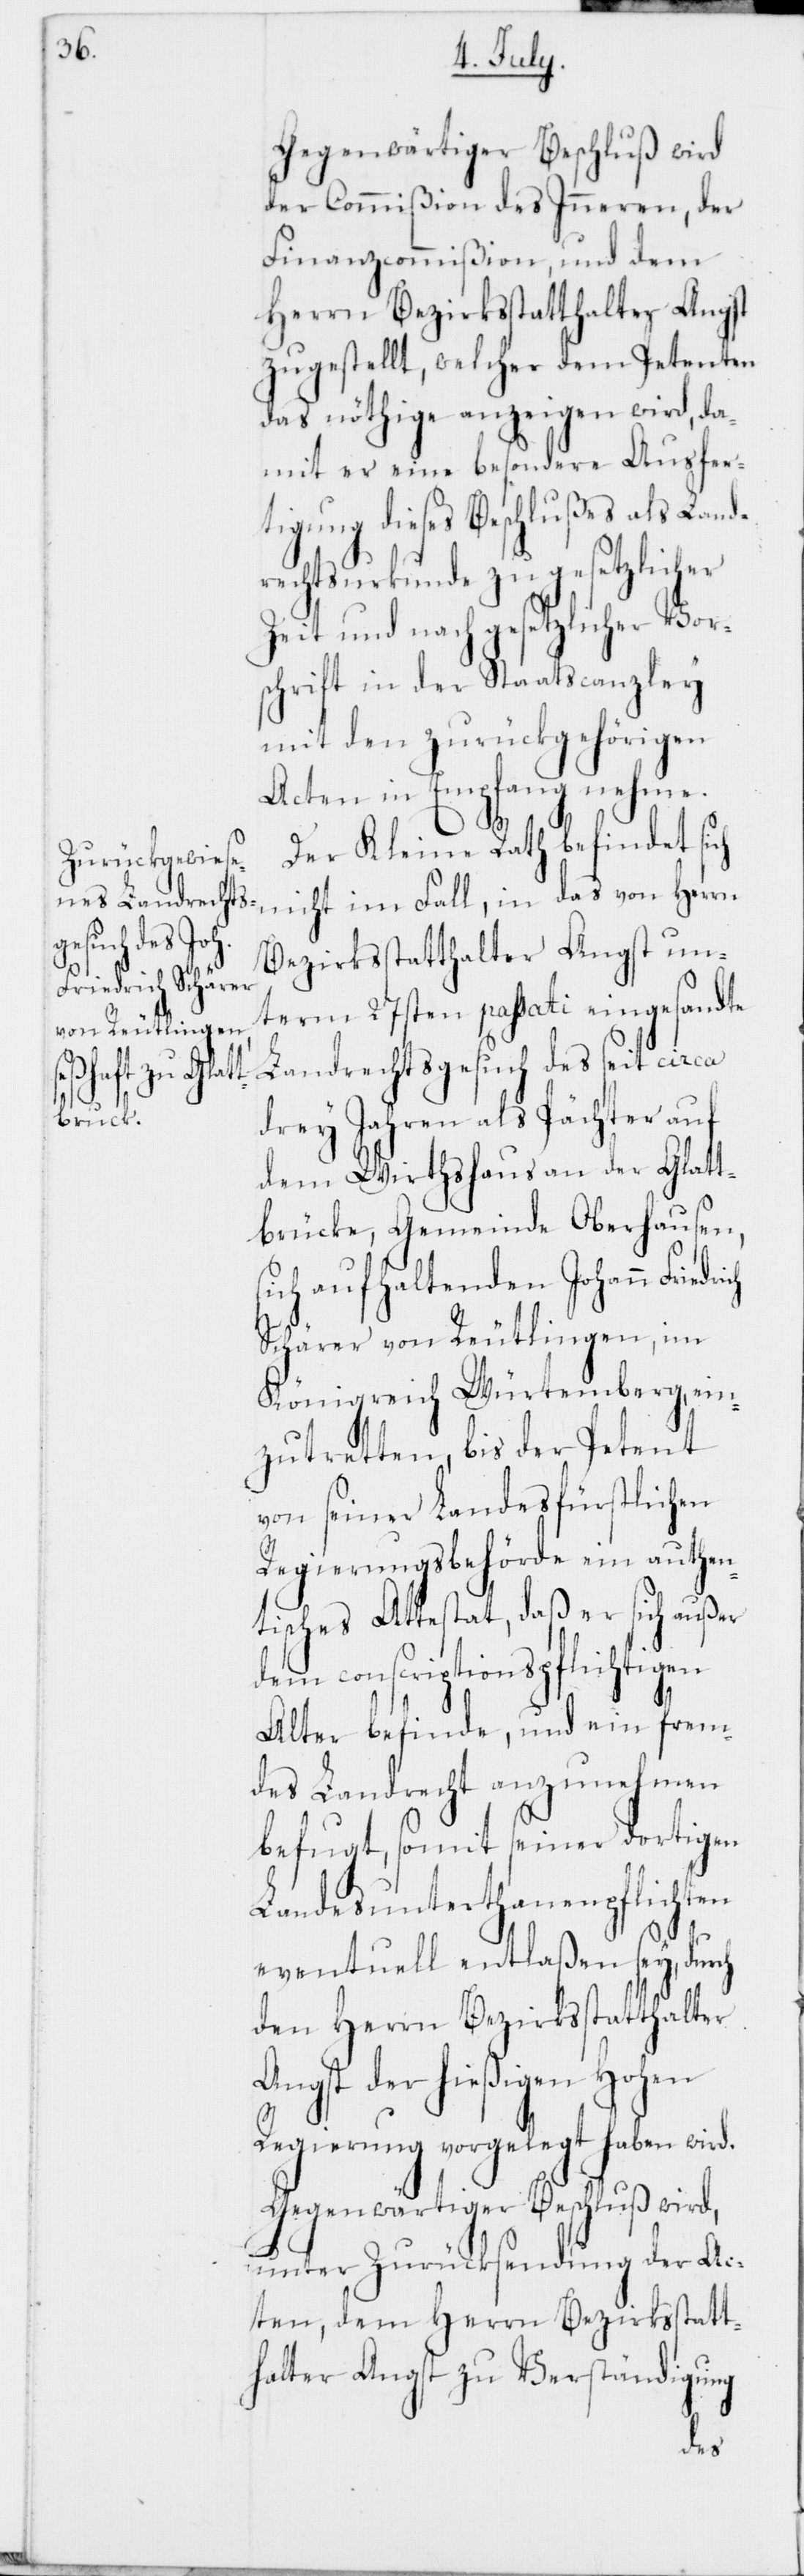
Gegenwärtiger Beschluß wird,
der Commißion des Inneren, der
Finanzcommißion und dem
Herrn Bezirksstatthalter Angst
zugestellt, welcher dem Petenten
das nöthige anzeigen wird, da¬
mit er eine besondere Ausfer¬
tigung dieses Beschlußes als Land¬
rechtsurkunde zu gesetzlicher
Zeit und nach gesetzlicher Vor¬
schrift in der Staatscanzley
mit den zurückgehörigen
Acten in Empfang nehme.
ch
Der Kleine Rath befindet sich
nicht im Fall, in das von Herrn
Bezirksstatthalter Angst un¬
term 27sten passati eingesandte
Landrechtsgesuch des seit circa
drey Jahren als Pächter auf
dem Wirthshaus an der Glatt¬
brücke, Gemeinde Oberhausen,
sich aufhaltenden Johann Friedri¬
Schärer von Reutlingen, im
Königreich Würtemberg, ein¬
zutretten, bis der Petent
von seiner Landesfürstlichen
Regierungsbehörde ein authen¬
tisches Attestat, daß er sich außer
dem conscriptionspflichtigen
Alter befinde, und ein frem¬
des Landrecht anzunehmen
befugt, somit seiner dortigen
Landesunterthanenpflichten
eventuell entlaßen sey, durch
den Herrn Bezirksstatthalter
Angst der hießigen Hohen
Regierung vorgelegt haben wird.
unter Zurücksendung der Ac¬
ten, dem Herrn Bezirksstatt¬
halter Angst zu Verständigung